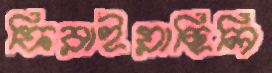
ফিরাইয়াছিলি